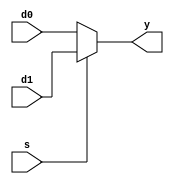
`timescale 1ns / 1ps
//////////////////////////////////////////////////////////////////////////////////
// Company: 
// Engineer: 
// 
// Design Name: 
// Module Name: mux2
// Project Name: 
// Target Devices: 
// Tool Versions: 
// Description: 
// 
// Dependencies: 
// 
// Revision:
// Revision 0.01 - File Created
// Additional Comments:
// 
//////////////////////////////////////////////////////////////////////////////////

// choose a or b
module mux2#(parameter WIDTH = 8)
	(d0, d1, s, y);
	input [WIDTH - 1: 0] d0;
	input [WIDTH - 1: 0] d1;
	input s;
	output [WIDTH - 1: 0] y;
	assign y = s? d1: d0;
endmodule